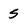
Character: s